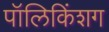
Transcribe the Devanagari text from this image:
पॉलिकिंशग